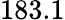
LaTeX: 183.1